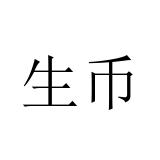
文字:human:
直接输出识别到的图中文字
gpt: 生币